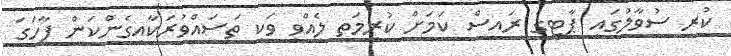
ކުރި ސުވާލުގައި ޕާޓީގެ ރައީސް ކަމަށް ކުރިމަތި ލެއްވީ ވަކި ތަސައްވުރަކާއިގެންކަން ފާހަގަ